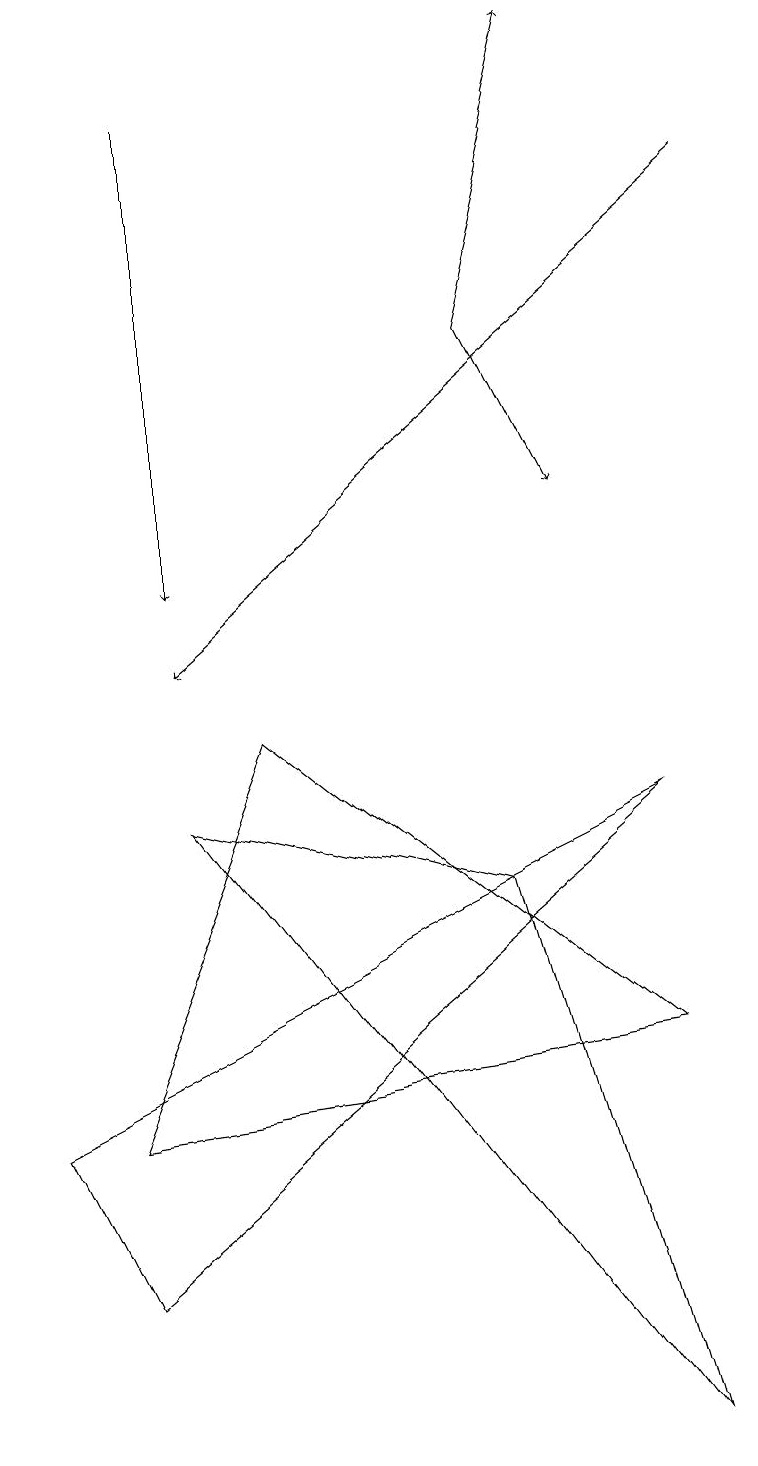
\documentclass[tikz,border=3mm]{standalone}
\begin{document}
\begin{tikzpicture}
\draw (2,8) -- (8,0) -- (6,7) -- cycle;
\draw[->] (2,17) -- (2,11);
\draw (1,4) -- (8,5) -- (3,9) -- cycle;
\draw (0,4) -- (1,2) -- (8,8) -- cycle;
\draw[->] (6,14) -- (7,18);
\draw[->] (9,16) -- (2,10);
\draw[->] (6,14) -- (7,12);
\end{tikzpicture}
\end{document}